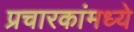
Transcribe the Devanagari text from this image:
प्रचारकांमध्ये